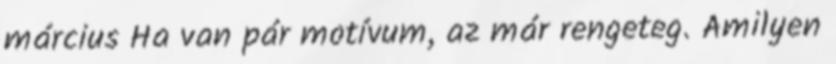
március Ha van pár motívum, az már rengeteg. Amilyen